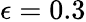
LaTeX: \epsilon=0.3